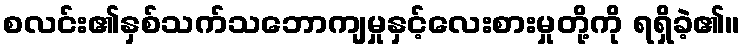
စလင်း၏နှစ်သက်သဘောကျမှုနှင့်လေးစားမှုတို့ကို ရရှိခဲ့၏။